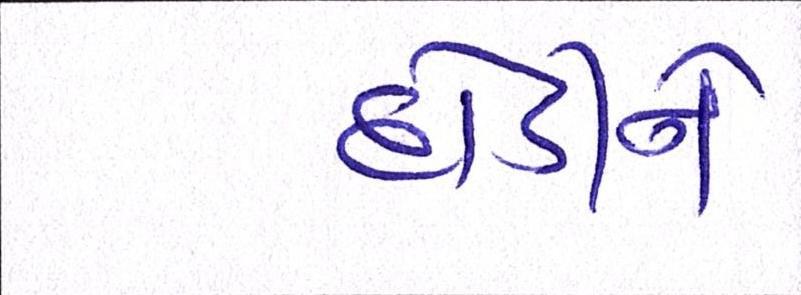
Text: દોડીને